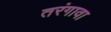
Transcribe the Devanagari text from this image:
तरंगावा